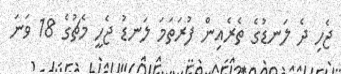
ޖެހި ދެ ލަނޑުގެ ތެރެއިން ފުރަތަމަ ލަނޑު ޖެހީ މެޗުގެ 18 ވަނަ